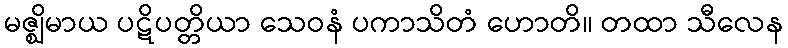
မဇ္ဈိမာယ ပဋိပတ္တိယာ သေဝနံ ပကာသိတံ ဟောတိ။ တထာ သီလေန